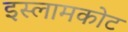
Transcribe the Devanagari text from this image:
इस्लामकोट